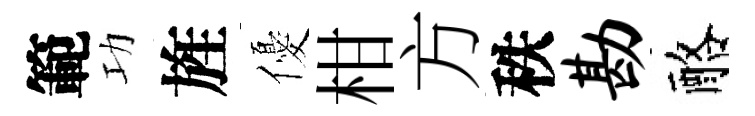
範功旌優柑方秩勘酪